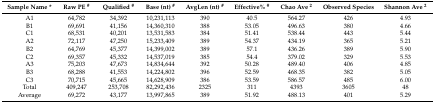
<table><thead><tr><td><b>Sample Name *</b></td><td><b>Raw PE <sup>#</sup></b></td><td><b>Qualified <sup>#</sup></b></td><td><b>Base (nt) <sup>#</sup></b></td><td><b>AvgLen (nt) <sup>#</sup></b></td><td><b>Effective% <sup>#</sup></b></td><td><b>Chao Ave <sup>2</sup></b></td><td><b>Observed Species</b></td><td><b>Shannon Ave <sup>2</sup></b></td></tr></thead><tbody><tr><td>A1</td><td>64,782</td><td>34,392</td><td>10,231,113</td><td>390</td><td>40.5</td><td>564.27</td><td>426</td><td>4.93</td></tr><tr><td>B1</td><td>69,691</td><td>41,156</td><td>14,360,310</td><td>388</td><td>53.05</td><td>496.63</td><td>380</td><td>4.66</td></tr><tr><td>C1</td><td>68,531</td><td>40,201</td><td>13,531,583</td><td>384</td><td>51.41</td><td>538.44</td><td>443</td><td>5.44</td></tr><tr><td>A2</td><td>72,117</td><td>47,250</td><td>15,233,409</td><td>389</td><td>54.37</td><td>434.19</td><td>365</td><td>5.21</td></tr><tr><td>B2</td><td>64,769</td><td>45,377</td><td>14,399,002</td><td>389</td><td>57.1</td><td>436.26</td><td>389</td><td>5.90</td></tr><tr><td>C2</td><td>69,357</td><td>45,332</td><td>14,537,019</td><td>385</td><td>54.4</td><td>379.02</td><td>329</td><td>5.53</td></tr><tr><td>A3</td><td>75,203</td><td>47,673</td><td>14,834,644</td><td>392</td><td>50.28</td><td>489.40</td><td>406</td><td>4.85</td></tr><tr><td>B3</td><td>68,288</td><td>41,553</td><td>14,224,802</td><td>396</td><td>52.59</td><td>468.35</td><td>382</td><td>5.05</td></tr><tr><td>C3</td><td>70,715</td><td>45,665</td><td>14,628,909</td><td>386</td><td>53.59</td><td>586.57</td><td>485</td><td>6.00</td></tr><tr><td>Total</td><td>409,247</td><td>253,708</td><td>82,292,436</td><td>2325</td><td>311</td><td>4393</td><td>3605</td><td>48</td></tr><tr><td>Average</td><td>69,272</td><td>43,177</td><td>13,997,865</td><td>389</td><td>51.92</td><td>488.13</td><td>401</td><td>5.29</td></tr></tbody></table>